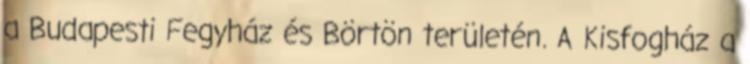
a Budapesti Fegyház és Börtön területén. A Kisfogház a